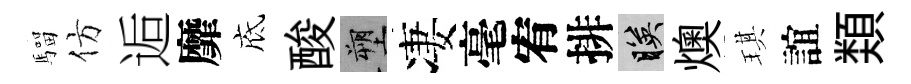
騮仿逅靡底酸塑凄毫宥排映燠琪誼𩔖